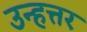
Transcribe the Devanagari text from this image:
उन्हत्तर